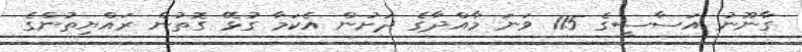
ގާނޫނު އަސާސީގެ 115 ވަނަ މާއްދާގެ ދަށުން އެކަމާ ގުޅޭ ގޮތުން ރައްޔިތުންގެ